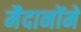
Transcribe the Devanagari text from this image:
मैदानोंमें